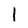
Character: l